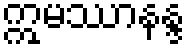
ဣမဿာနန္ဒ